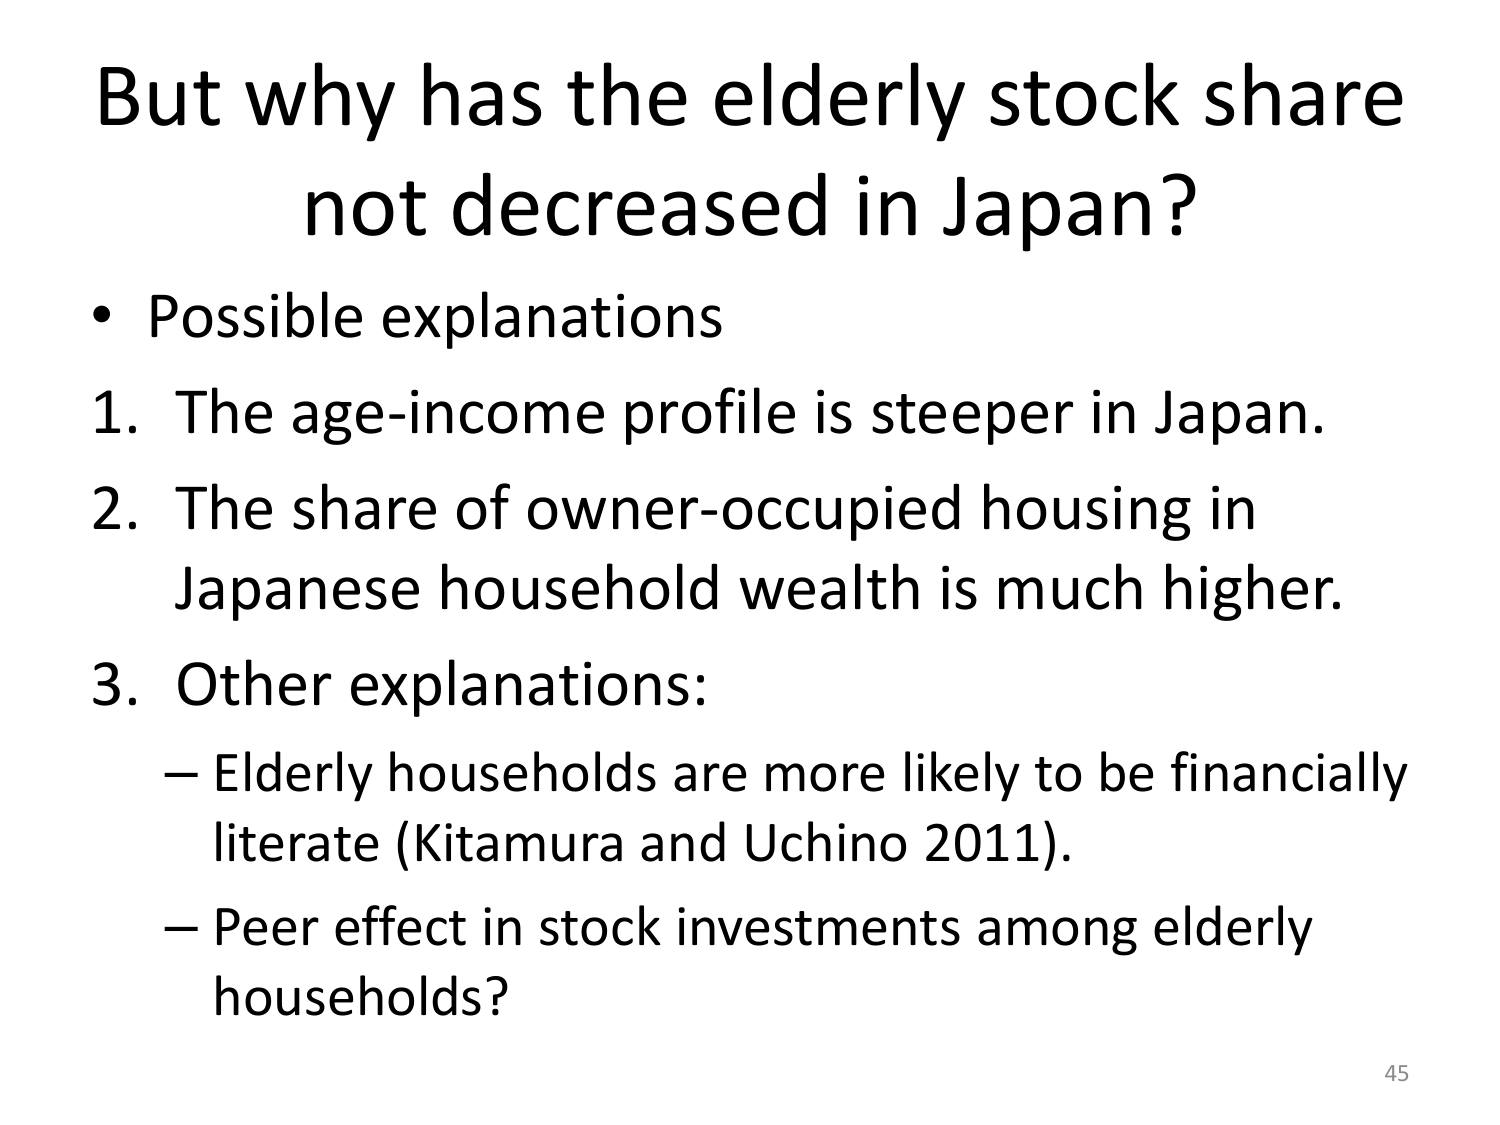
But why has the elderly stock share not decreased in Japan?

• Possible explanations
1. The age-income profile is steeper in Japan.
2. The share of owner-occupied housing in Japanese household wealth is much higher.
3. Other explanations:
   – Elderly households are more likely to be financially literate (Kitamura and Uchino 2011).
   – Peer effect in stock investments among elderly households?

45